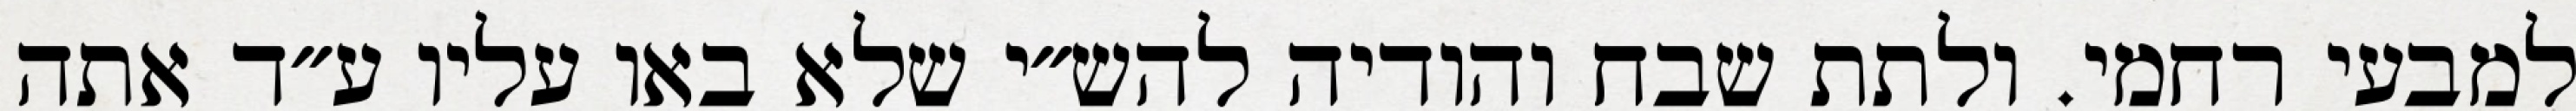
למבעי רחמי. ולתת שבח והודיה להש״י שלא באו עליו ע״ד אתה